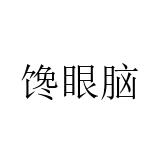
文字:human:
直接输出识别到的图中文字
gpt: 馋眼脑